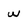
Character: w